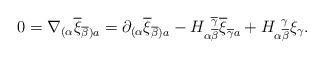
\begin{align*}0 = \nabla_{(\alpha}\overline{\xi}_{\overline{\beta} )a}=\partial_{(\alpha}\overline{\xi}_{\overline{\beta} )a}-H_{\alpha \overline{\beta}}^{\, \, \,\overline{\gamma}}\overline{\xi}_{\overline{\gamma}a} +H_{\alpha \overline{\beta}}^{\, \, \, \gamma}\xi_\gamma .\end{align*}